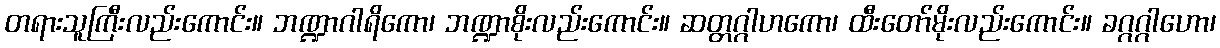
တရားသူကြီးလည်းကောင်း။ ဘဏ္ဍာဂါရိကော၊ ဘဏ္ဍာစိုးလည်းကောင်း။ ဆတ္တဂ္ဂါဟကော၊ ထီးတော်မိုးလည်းကောင်း။ ခဂ္ဂဂ္ဂါဟော၊